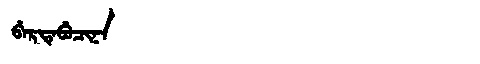
Manchu: ᠪᡝᡵᡨᡝᠪᡠᠴᡳᠨᠠ
Romanization: BERTEBUCINA